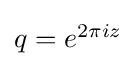
{\textstyle q=e^{2\pi iz}}